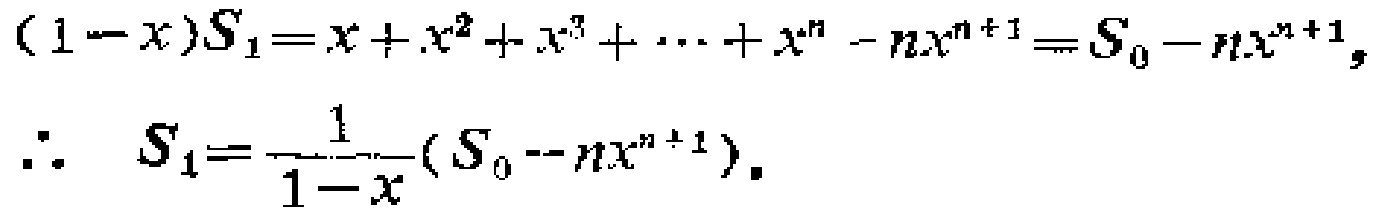
\((1 - x)S_1 = x + x^2 + x^3 + \cdots + x^n - nx^{n + 1} = S_0 - nx^{n + 1},\)
\(\therefore\quad S_1 = \frac{1}{1 - x}(S_0 - nx^{n + 1}).\)